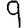
Digit: 9